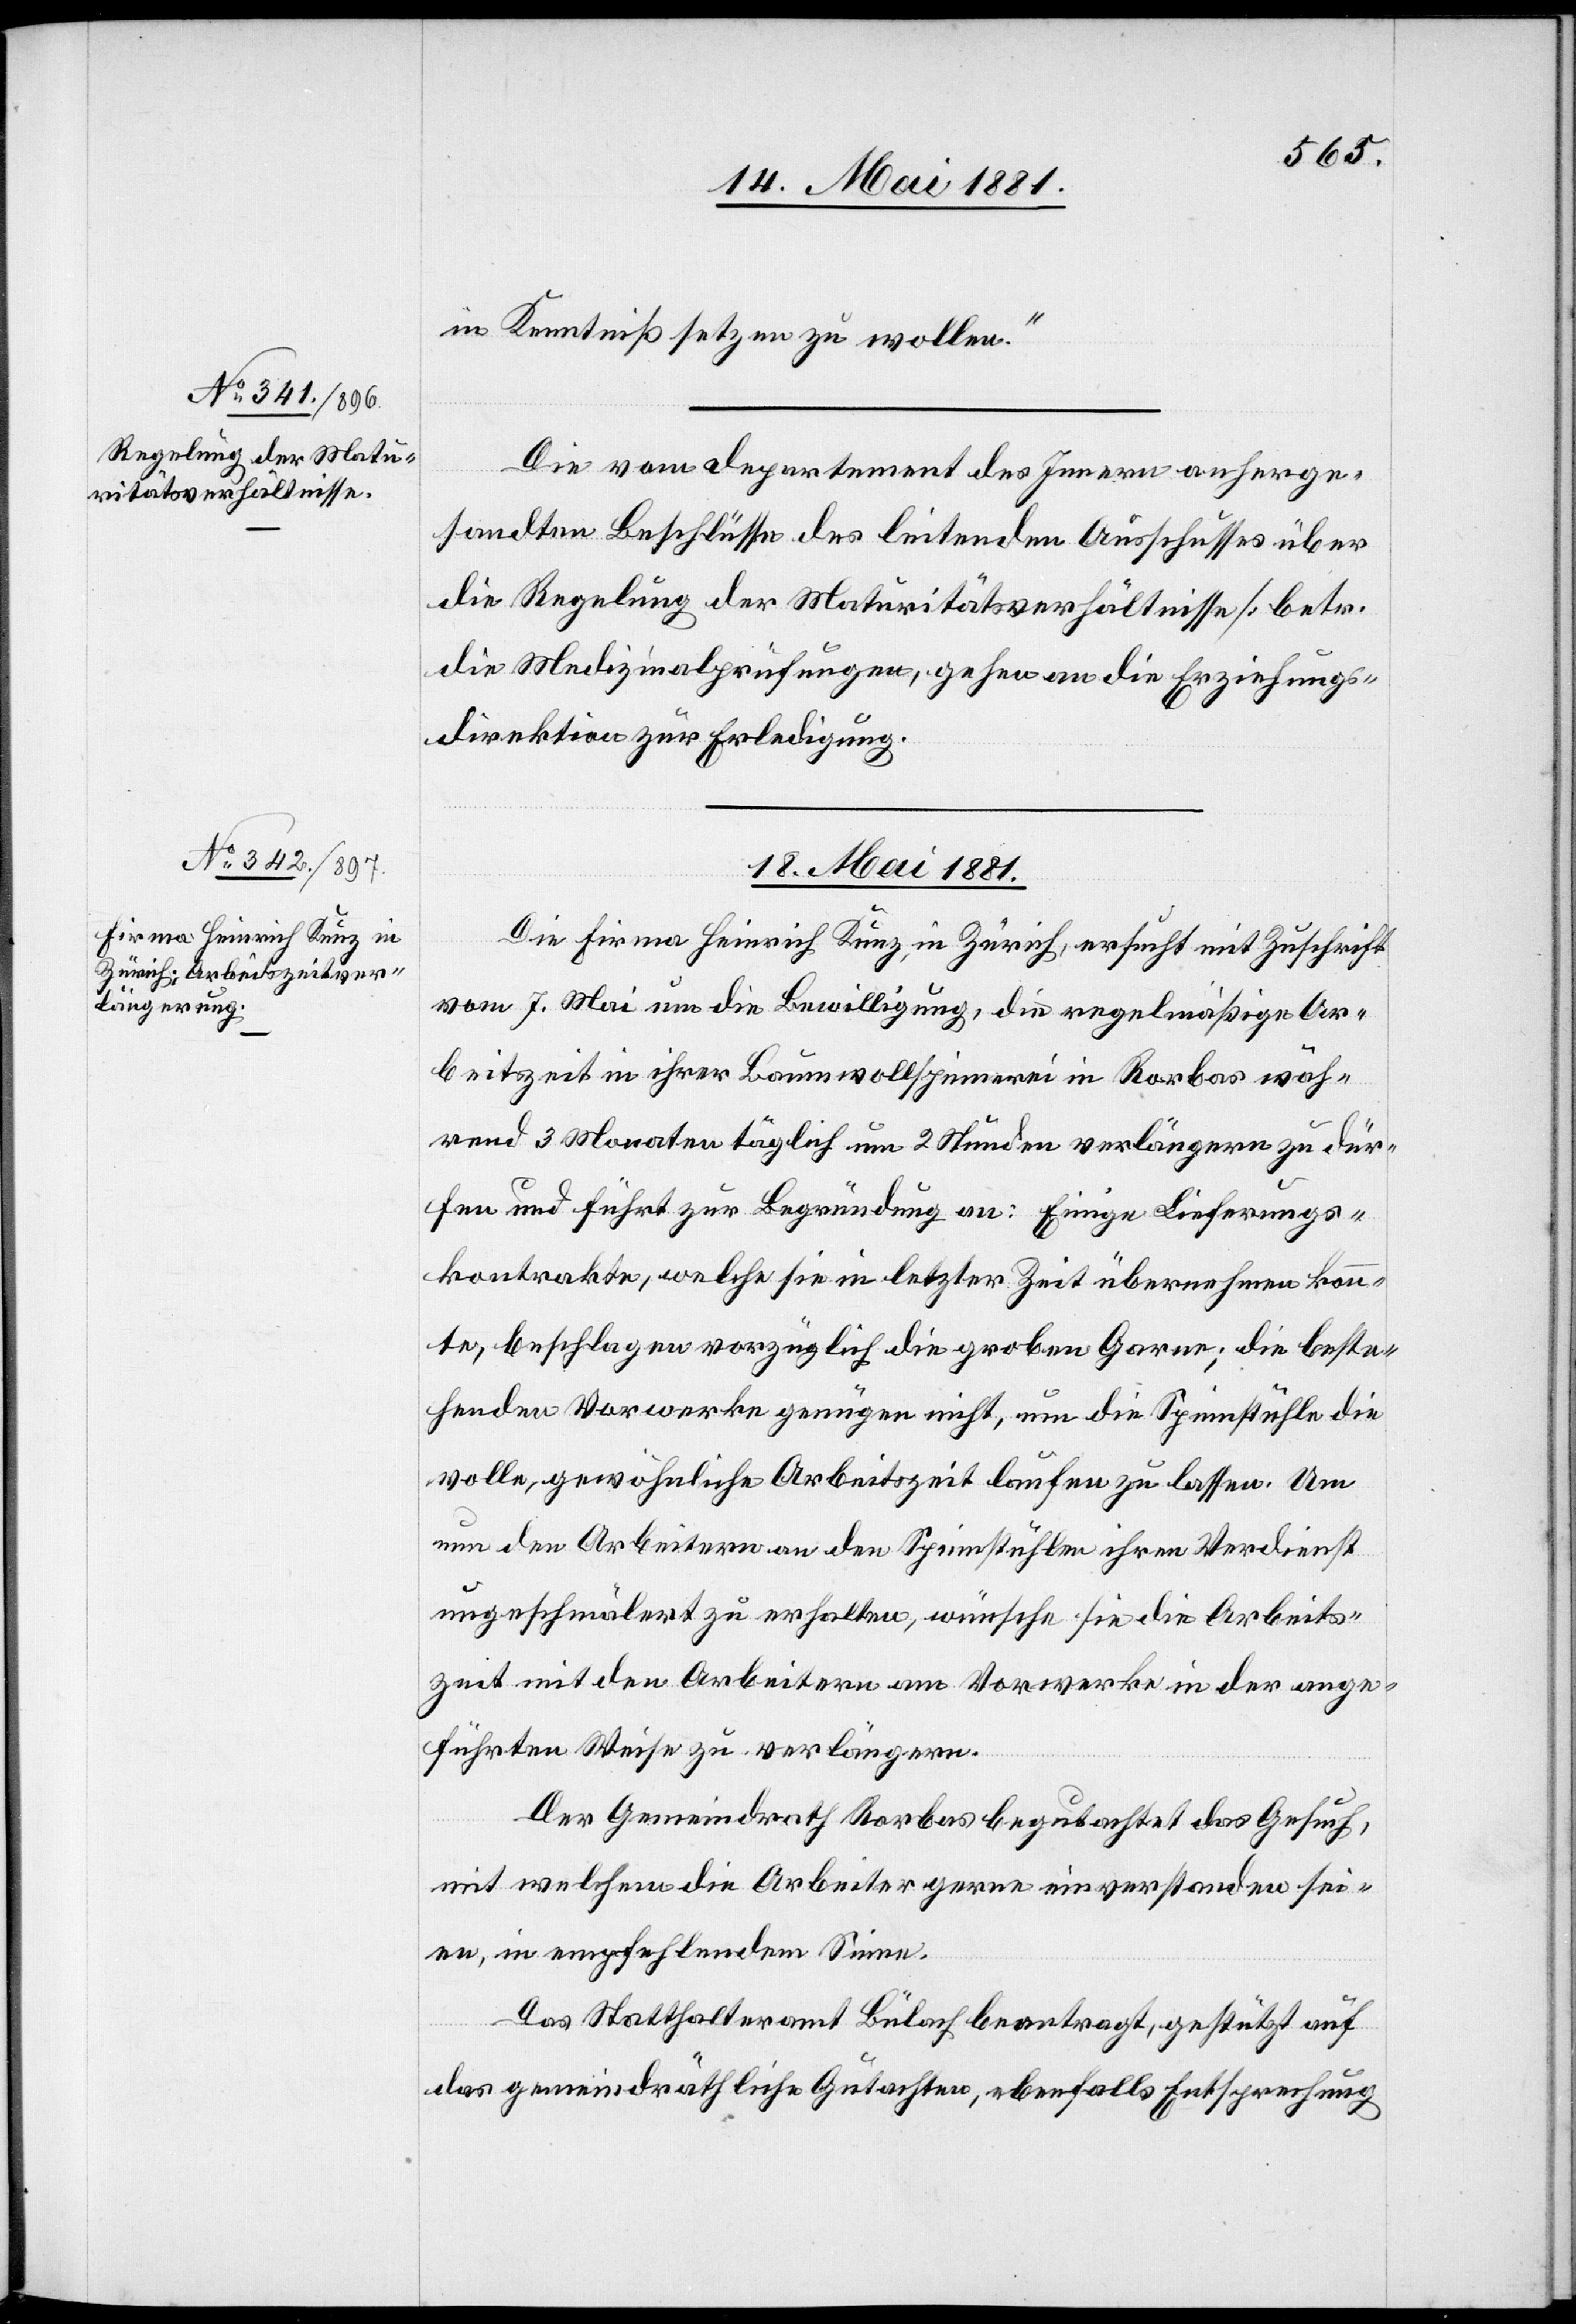
17. Mai 1881]
in Kenntniß setzen zu wollen.“
Die vom Departement des Innern anherge¬
sandten Beschlüsse des leitenden Ausschusses über
die Regelung der Maturitätsverhältnisse [betr.
die Medizinalprüfungen], gehen an die Erziehungs¬
direktion zur Erledigung.
18. Mai 1881
Die Firma Heinrich Kunz, in Zürich, ersucht mit Zuschrift
vom 7. Mai um die Bewilligung, die regelmäßige Ar¬
beitszeit in ihrer Baumwollspinnerei in Rorbas wäh¬
rend 3 Monaten täglich um 2 Stunden verlängern zu dür¬
fen und führt zur Begründung an: Einige Lieferungs¬
kontrakte, welche sie in letzter Zeit übernehmen konn¬
te, beschlagen vorzüglich die groben Garne; die beste¬
henden Vorwerke genügen nicht, um die Spinnstühle die
volle, gewöhnliche Arbeitszeit laufen zu lassen. Um
nun den Arbeitern an den Spinnstühlen ihren Verdienst
ungeschmälert zu erhalten, wünsche sie die Arbeits¬
zeit mit den Arbeitern am Vorwerke in der ange¬
führten Weise zu verlängern.
Der Gemeindrath Rorbas begutachtet das Gesuch
mit welchem die Arbeiter gerne einverstanden sei¬
en, in empfehlendem Sinne.
Das Statthalteramt Bülach beantragt, gestützt auf
das gemeindräthliche Gutachten, ebenfalls Entsprechung